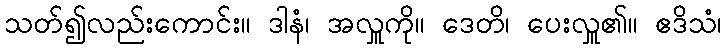
သတ်၍လည်းကောင်း။ ဒါနံ၊ အလှူကို။ ဒေတိ၊ ပေးလှူ၏။ ဧဒိသံ၊